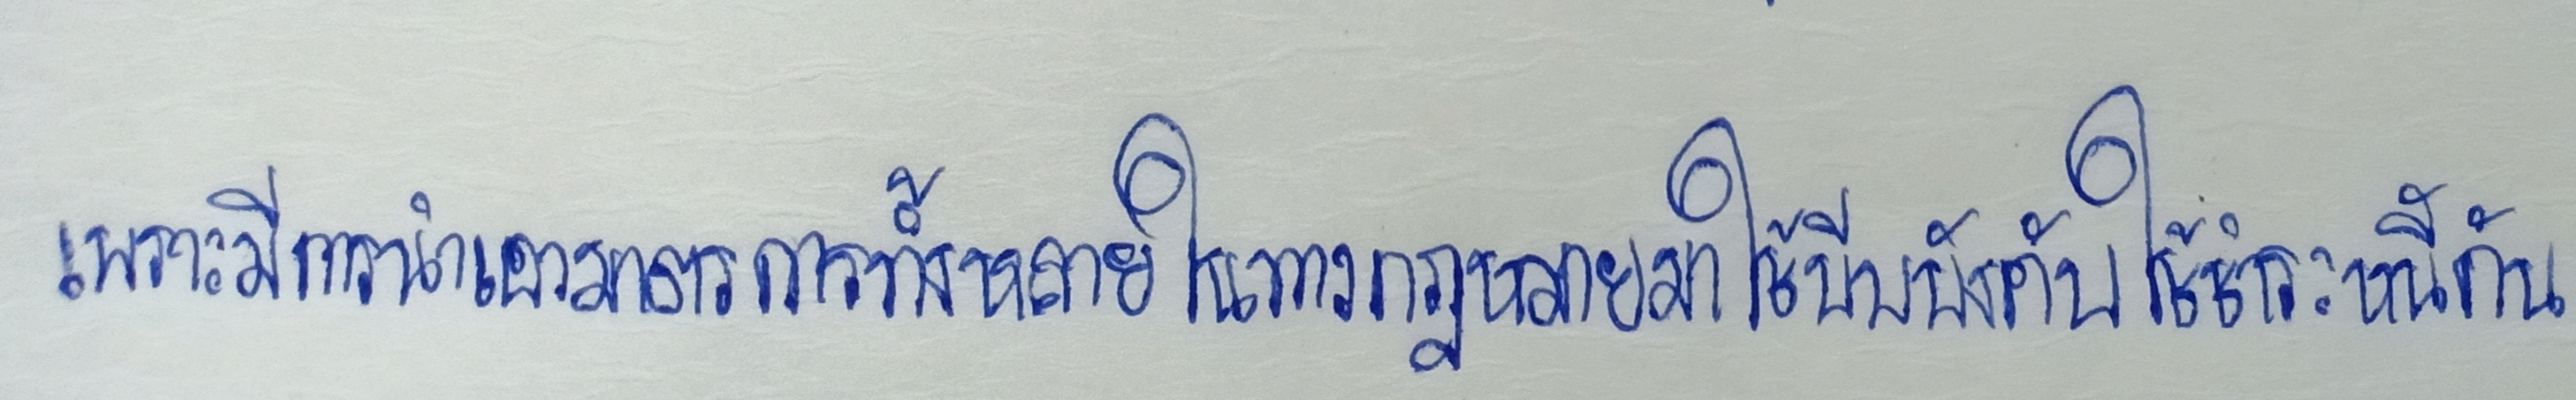
เพราะมีการนำเอามาตรการทั้งหลายในทางกฎหมายมาใช้บีบบังคับให้ชำระหนี้กัน